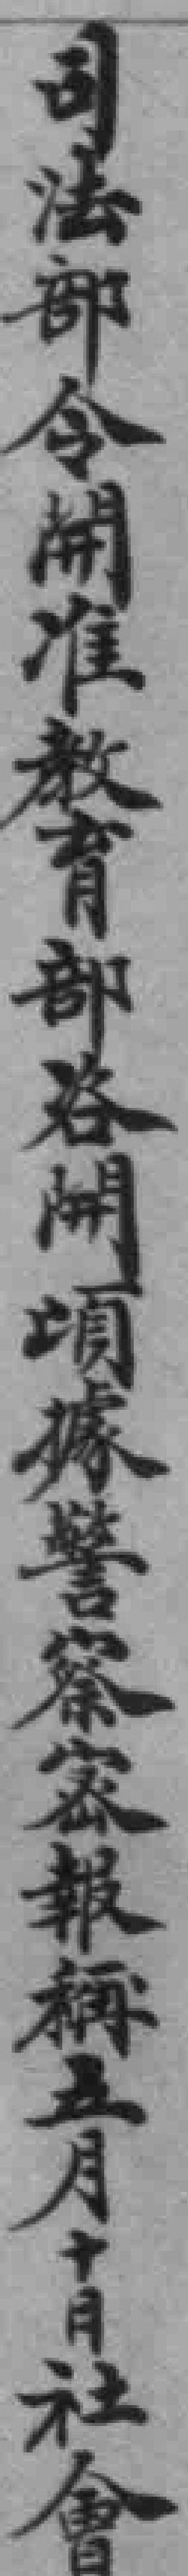
司法部令開准教育部咨開頃據警察密報稱五月十日社會